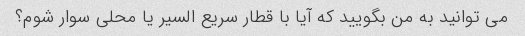
می توانید به من بگویید که آیا با قطار سریع السیر یا محلی سوار شوم؟